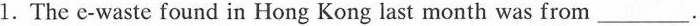
1. The e-waste found in Hong Kong last month was from ___.